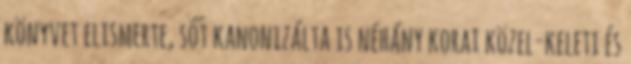
könyvet elismerte, sőt kanonizálta is néhány korai közel-keleti és